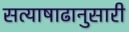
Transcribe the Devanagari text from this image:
सत्याषाढानुसारी